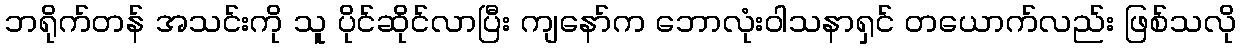
ဘရိုက်တန် အသင်းကို သူ ပိုင်ဆိုင်လာပြီး ကျနော်က ဘောလုံးဝါသနာရှင် တယောက်လည်း ဖြစ်သလို